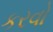
કરવો